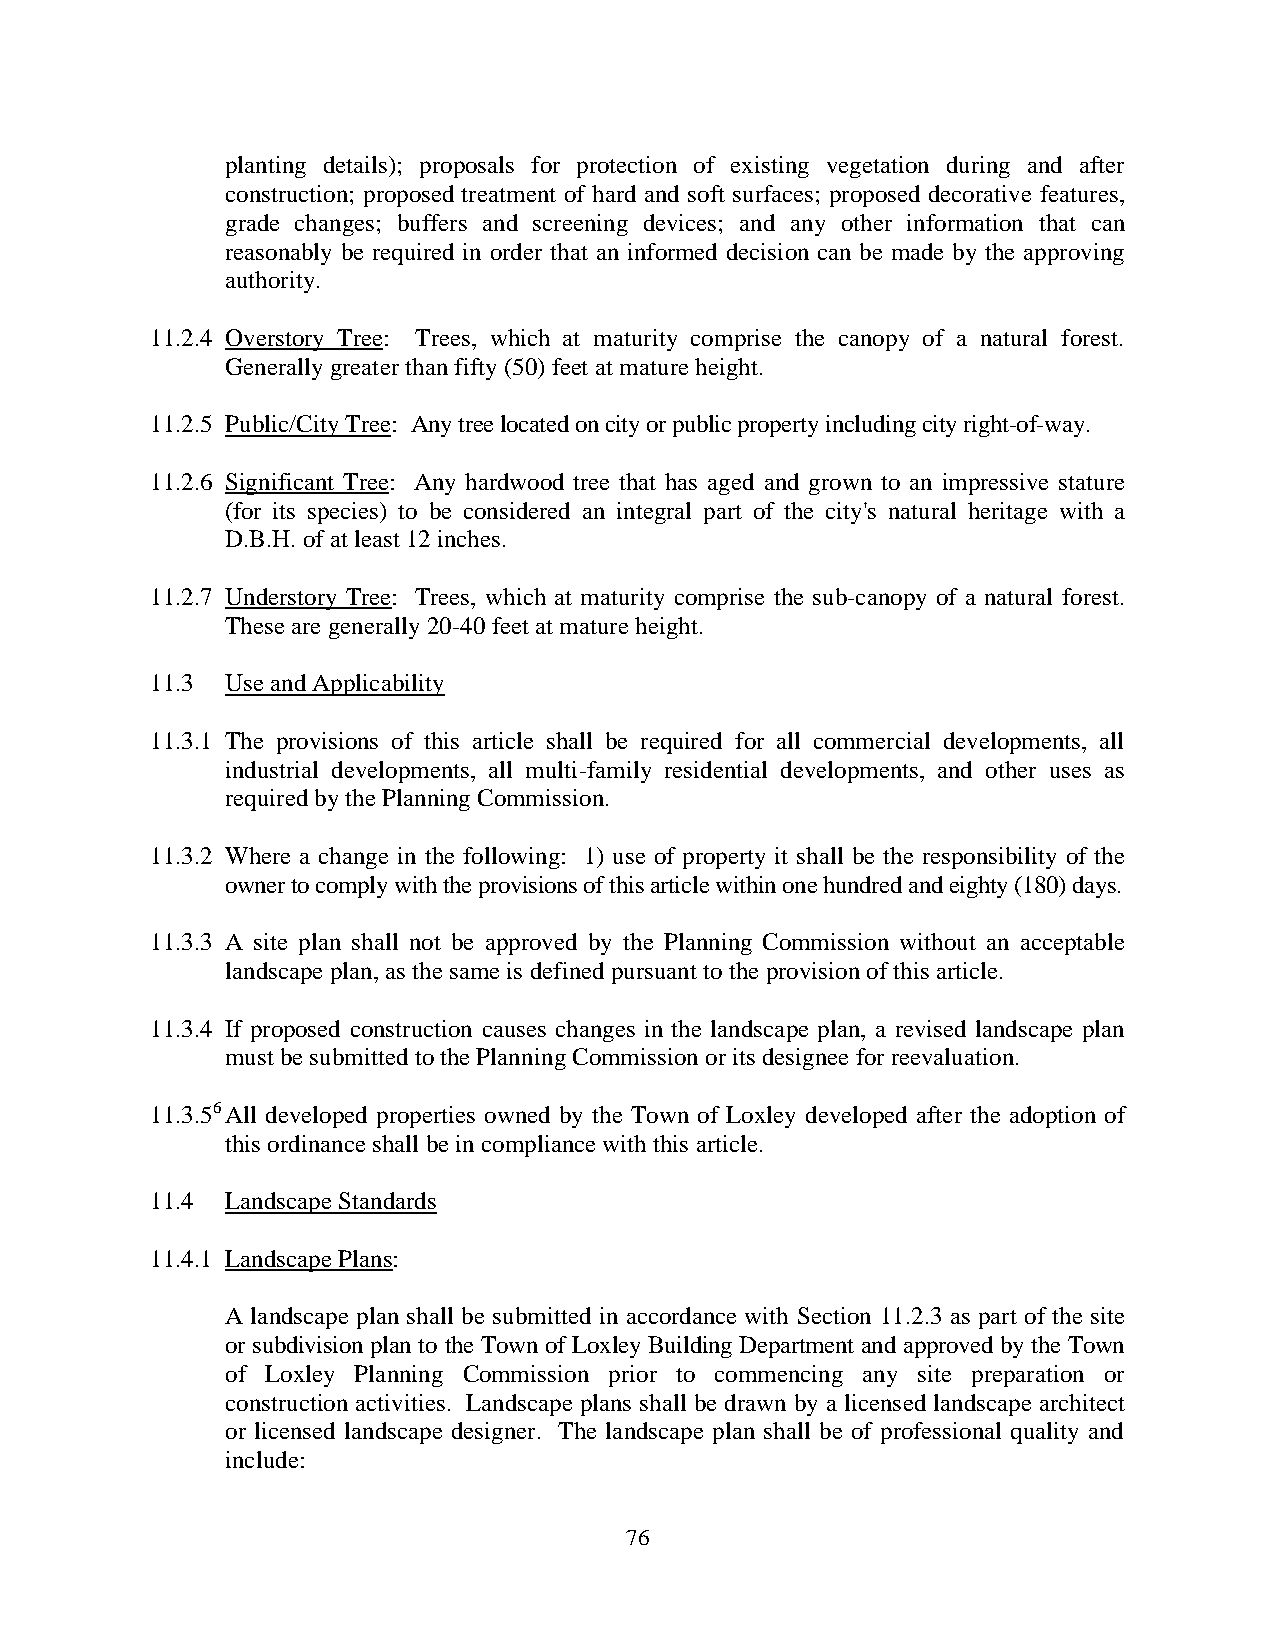
planting details); proposals for protection of existing vegetation during and after
 construction; proposed treatment of hard and soft surfaces; proposed decorative features,
 grade changes; buffers and screening devices; and any other information that can
 reasonably be required in order that an informed decision can be made by the approving
 authority.
 11.2.4 Overstory Tree: Trees, which at maturity comprise the canopy of a natural forest.
 Generally greater than fifty (50) feet at mature height.
 11.2.5 Public/City Tree: Any tree located on city or public property including city right-of-way.
 11.2.6 Significant Tree: Any hardwood tree that has aged and grown to an impressive stature
 (for its species) to be considered an integral part of the city's natural heritage with a
 D.B.H. of at least 12 inches.
 11.2.7 Understory Tree: Trees, which at maturity comprise the sub-canopy of a natural forest.
 These are generally 20-40 feet at mature height.
 11.3 Use and Applicability
 11.3.1 The provisions of this article shall be required for all commercial developments, all
 industrial developments, all multi-family residential developments, and other uses as
 required by the Planning Commission.
 11.3.2 Where a change in the following: 1) use of property it shall be the responsibility of the
 owner to comply with the provisions of this article within one hundred and eighty (180) days.
 11.3.3 A site plan shall not be approved by the Planning Commission without an acceptable
 landscape plan, as the same is defined pursuant to the provision of this article.
 11.3.4 If proposed construction causes changes in the landscape plan, a revised landscape plan
 must be submitted to the Planning Commission or its designee for reevaluation.
 11.3.56 All developed properties owned by the Town of Loxley developed after the adoption of
 this ordinance shall be in compliance with this article.
 11.4 Landscape Standards
 11.4.1 Landscape Plans:
 A landscape plan shall be submitted in accordance with Section 11.2.3 as part of the site
 or subdivision plan to the Town of Loxley Building Department and approved by the Town
 of Loxley Planning Commission prior to commencing any site preparation or
 construction activities. Landscape plans shall be drawn by a licensed landscape architect
 or licensed landscape designer. The landscape plan shall be of professional quality and
 include:
 7 6